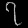
Digit: ၇